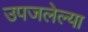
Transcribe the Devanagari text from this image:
उपजलेल्या